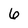
Character: 6